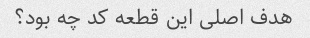
هدف اصلی این قطعه کد چه بود؟